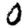
Digit: 0